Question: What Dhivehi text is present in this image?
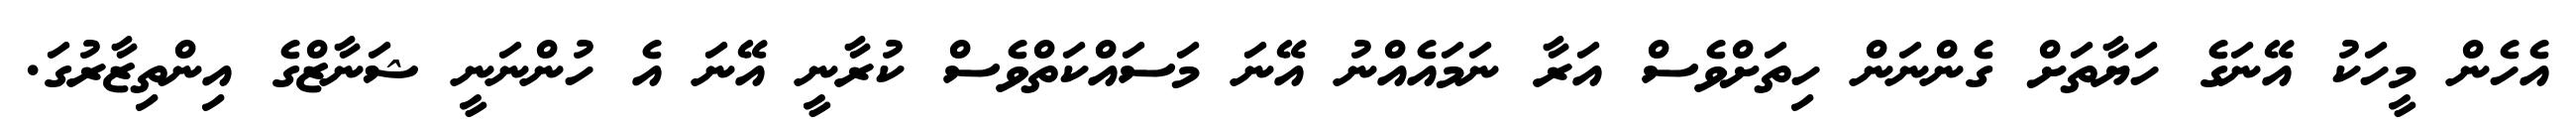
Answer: އެހެން މީހަކު އޭނަގެ ހަޔާތަށް ގެންނަން ހިތަށްވެސް އަރާ ނަމައެއްނު އޭނަ މަސައްކަތްވެސް ކުރާނީ އޭނަ އެ ހުންނަނީ ޝަނާޒްގެ އިންތިޒާރުގަ.